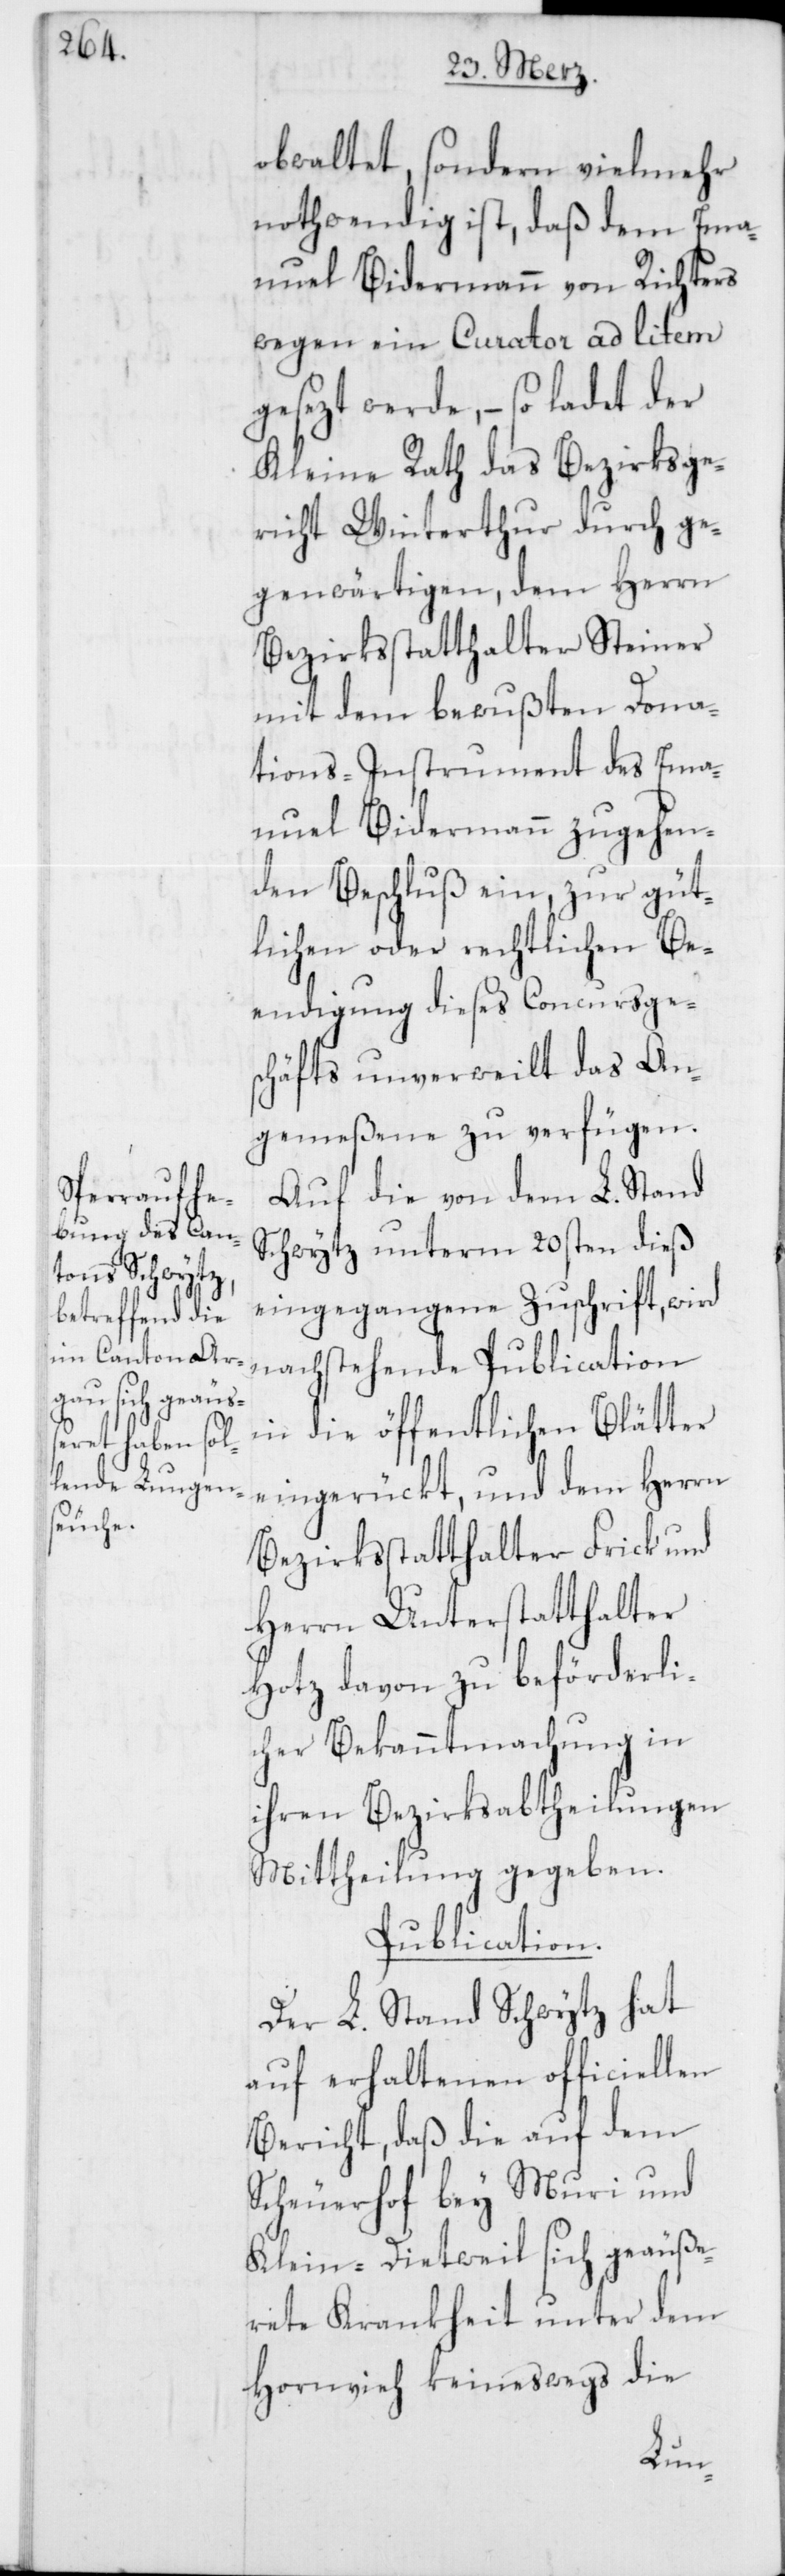
obwaltet, sondern vielmehr
nothwendig ist, daß dem Ema¬
nuel Bidermann von Richters
wegen ein Curator ad litem
gesezt werde, – so ladet der
Kleine Rath das Bezirksge¬
richt Winterthur durch ge¬
genwärtigen, dem Herrn
Bezirksstatthalter Steiner
mit dem bewußten Dona¬
tions-Instrument des Ema¬
nuel Bidermann zugehen¬
den Beschluß ein, zur güt¬
lichen oder rechtlichen Be¬
endigung dieses Concursges¬
chäfts unverweilt das An¬
gemeßene zu verfügen.
Auf die von dem L. Stand
Schwytz unterm 20sten dieß
eingegangene Zuschrift, wird
nachstehende Publication
in die öffentlichen Blätter
eingerückt, und dem Herrn
Bezirksstatthalter Frick und
Herrn Unterstatthalter
Hotz davon zu beförderli¬
cher Bekanntmachung in
ihren Bezirksabtheilungen
Mittheilung gegeben.
Publication.
Der L. Stand Schwytz hat
auf erhaltenen officiellen
Bericht, daß die auf dem
Scheuerhof bey Muri und
Klein-Dietwil sich geäuße¬
rete Krankheit unter dem
Hornvieh keineswegs die